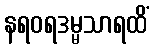
နရဝရဒမ္မသာရထိံ